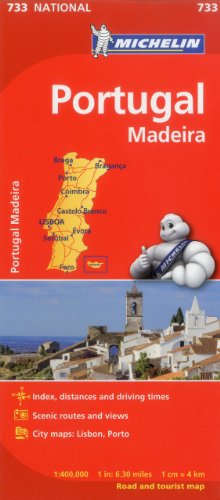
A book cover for Michelin Portugal Map 733 (Maps/Country (Michelin)); Michelin Travel & Lifestyle; Travel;